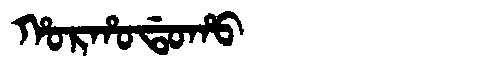
Manchu: ᡥᠣᡵᡥᠣᡩᠣᡥᠣ
Romanization: HORHODOHO